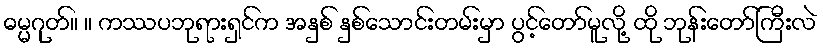
ဓမ္မဂုတ်။ ။ ကဿပဘုရားရှင်က အနှစ် နှစ်သောင်းတမ်းမှာ ပွင့်တော်မူလို့ ထို ဘုန်းတော်ကြီးလဲ